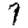
Digit: 7